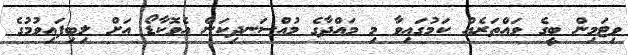
ވިޓަމިން ބީގެ ވައްތަރެއް ކަމުގައިވާ މި މައްދާގެ މުއްސަނދިކަން އެވޮކާޑޯ އަށް ލިބިފައިވުމުގެ